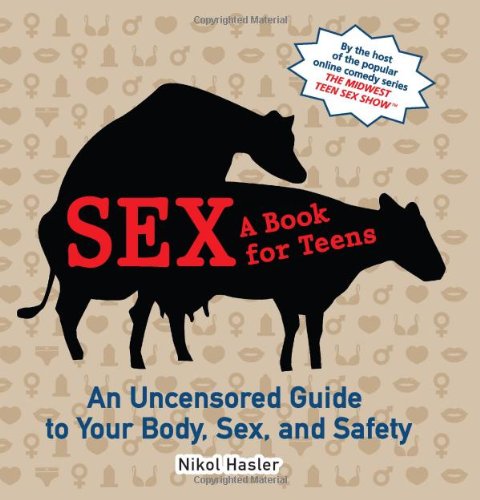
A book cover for Sex: A Book for Teens: An Uncensored Guide to Your Body, Sex, and Safety; Nikol Hasler; Teen & Young Adult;